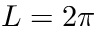
L = 2 \pi